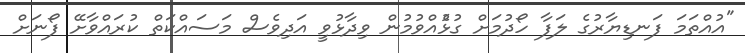
"އުއްތަމަ ފަނޑިޔާރުގެ ލަފާ ހޯދުމަށް ގުޅުެއްވުމުން ވިދާޅުވީ އަދިވެސް މަސައްކަތް ކުރައްވާށޭ ފޯނަށް